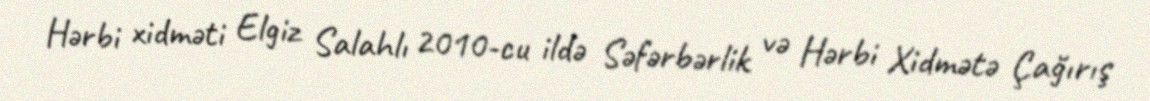
Hərbi xidməti Elgiz Salahlı 2010-cu ildə Səfərbərlik və Hərbi Xidmətə Çağırış